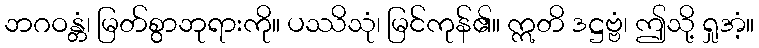
ဘဂဝန္တံ၊ မြတ်စွာဘုရားကို။ ပဿိသုံ၊ မြင်ကုန်၏။ ဣတိ ဒဋ္ဌဗ္ဗံ၊ ဤသို့ ရှုအံ့။